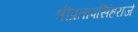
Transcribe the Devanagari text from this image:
श्रीप्रतापसिंहराजे